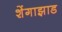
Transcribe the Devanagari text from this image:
शेंगाझाड